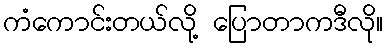
ကံကောင်းတယ်လို့ ပြောတာကဒီလို။